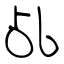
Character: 乩